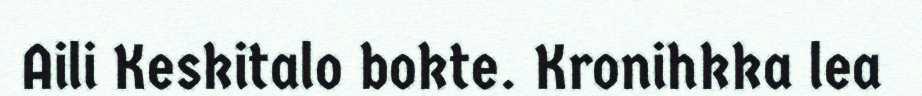
Aili Keskitalo bokte. Kronihkka lea